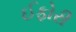
ઈફોરી